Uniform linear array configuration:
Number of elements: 8
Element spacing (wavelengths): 0.25
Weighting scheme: binomial
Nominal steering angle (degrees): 45
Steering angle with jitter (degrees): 44.085
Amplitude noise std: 0.05
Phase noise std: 0.05

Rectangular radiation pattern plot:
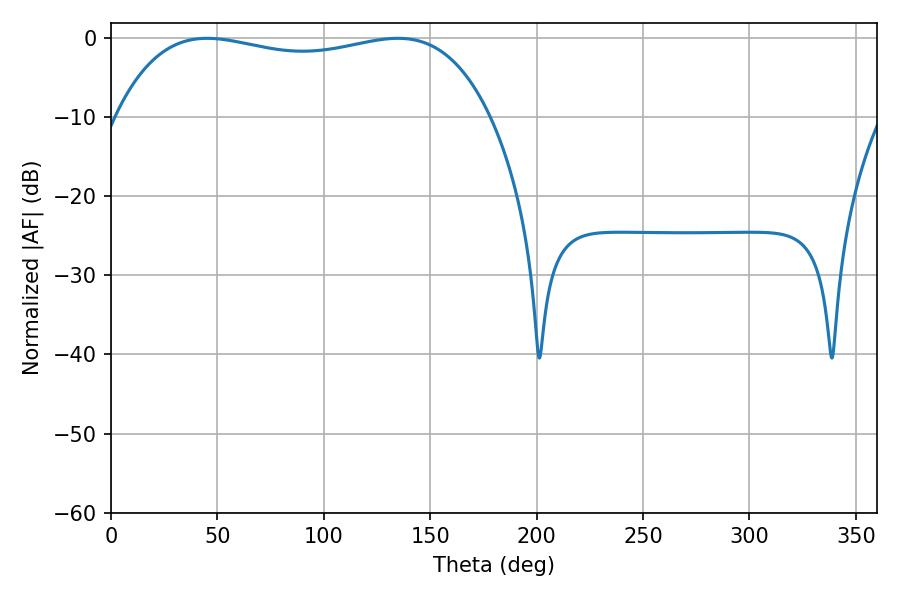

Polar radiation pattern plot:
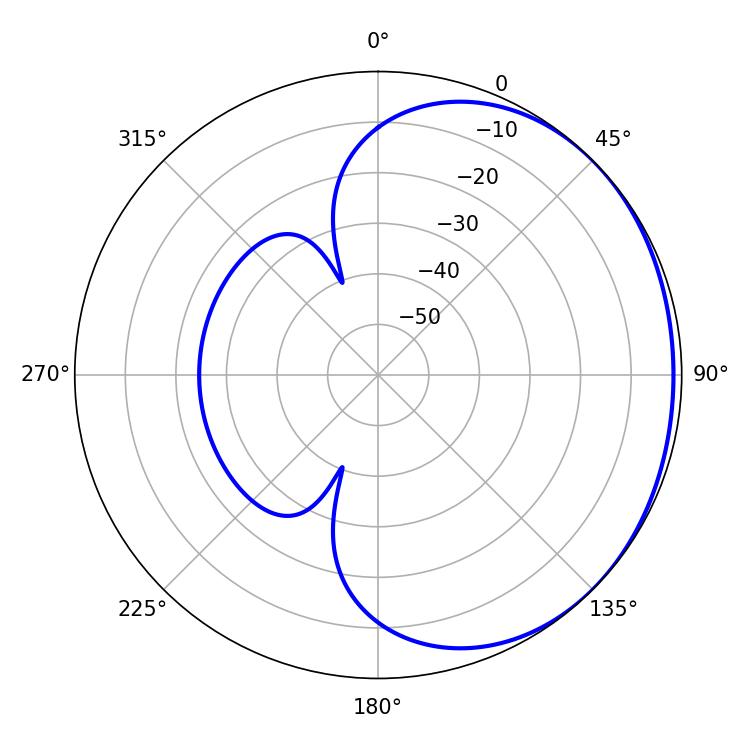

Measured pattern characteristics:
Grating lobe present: FALSE
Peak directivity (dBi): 0.981
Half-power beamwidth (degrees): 142.2
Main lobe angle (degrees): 134.82